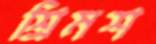
শ্রিমশ